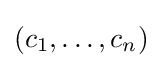
\left(c_{1},\ldots ,c_{n}\right)